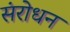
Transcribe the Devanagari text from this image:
संरोधन